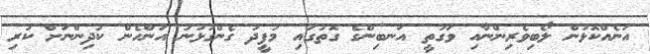
އަނެއްކޮޅުން ލޯބިވެރިންނާއި ވަގުތީ އަނބިންގެ ގޮތުގައި މުފީދު ގެންގުޅުނު އަންހެން ކުދިންނަށް ކުރި